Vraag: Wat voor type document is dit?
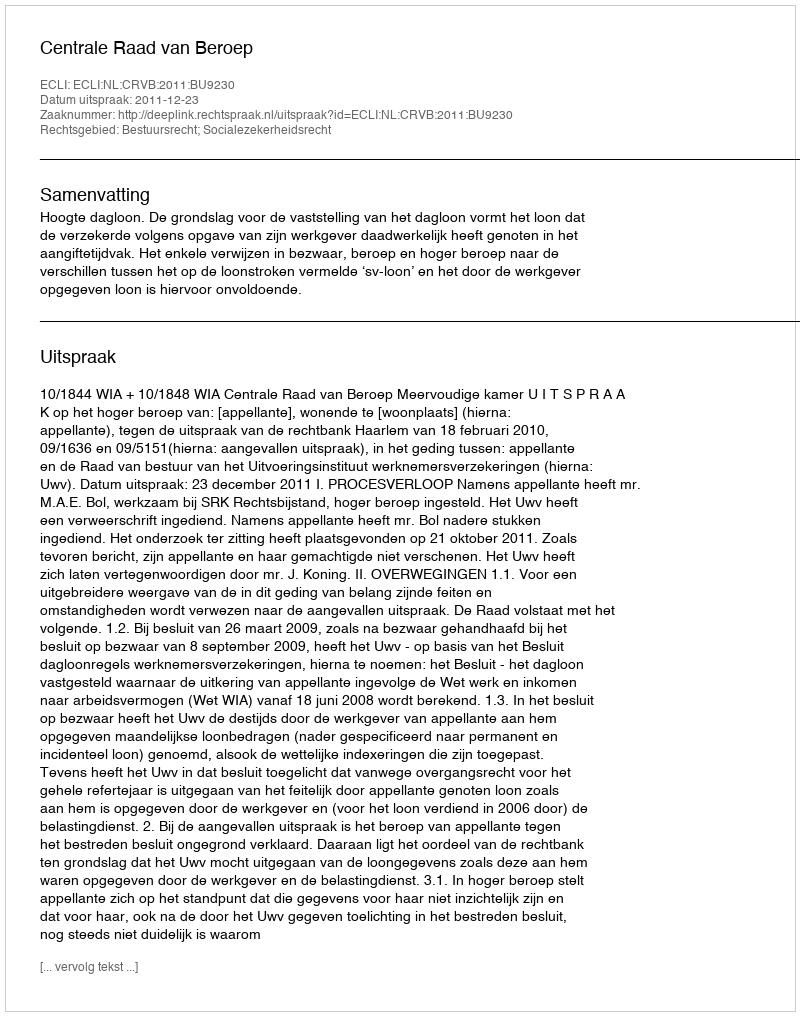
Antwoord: Uitspraak